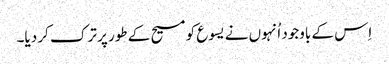
‏ اِس کے باوجود اُنہوں نے یسوع کو مسیح کے طور پر ترک کر دیا۔